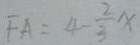
F A = 4 - \frac { 2 } { 3 } x